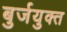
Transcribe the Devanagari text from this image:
बुर्जयुक्त